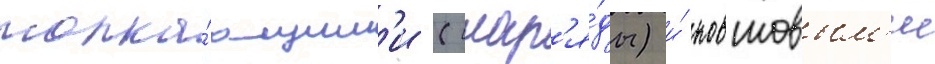
толка́ющим'и (снар'я́ды) и́ ковшовым'и